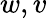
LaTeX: w,v